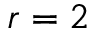
r = 2